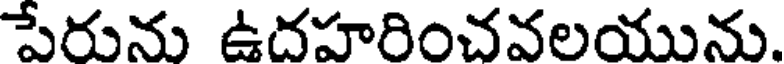
పేరును ఉదహరించవలయును.